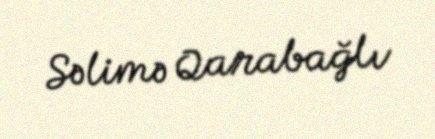
Səlimə Qarabağlı